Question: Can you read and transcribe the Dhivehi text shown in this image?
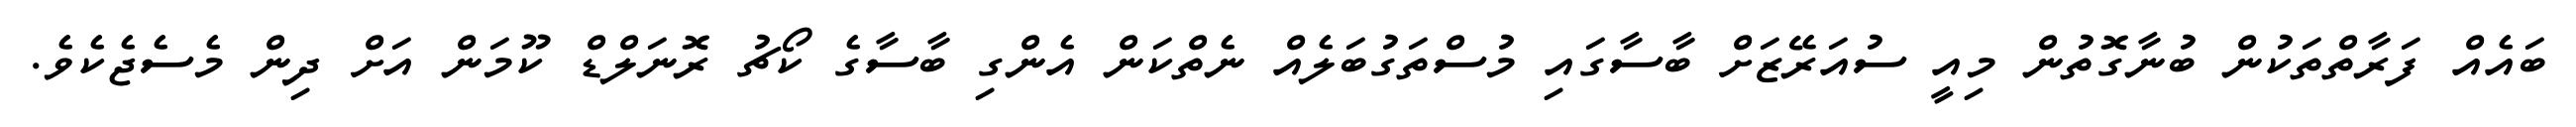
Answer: ބައެއް ފަރާތްތަކުން ބުނާގޮތުން މިއީ ސުއަރޭޒަށް ބާސާގައި މުސްތަގުބަލެއް ނެތްކަން އެންގި ބާސާގެ ކޯޗު ރޮނަލްޑް ކޫމަން އަށް ދިން މެސެޖެކެވެ.